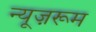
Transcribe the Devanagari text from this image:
न्यूज़रूम